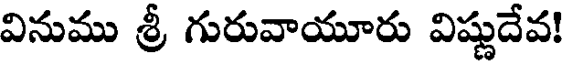
వినుము శ్రీ గురువాయూరు విష్ణుదేవ!